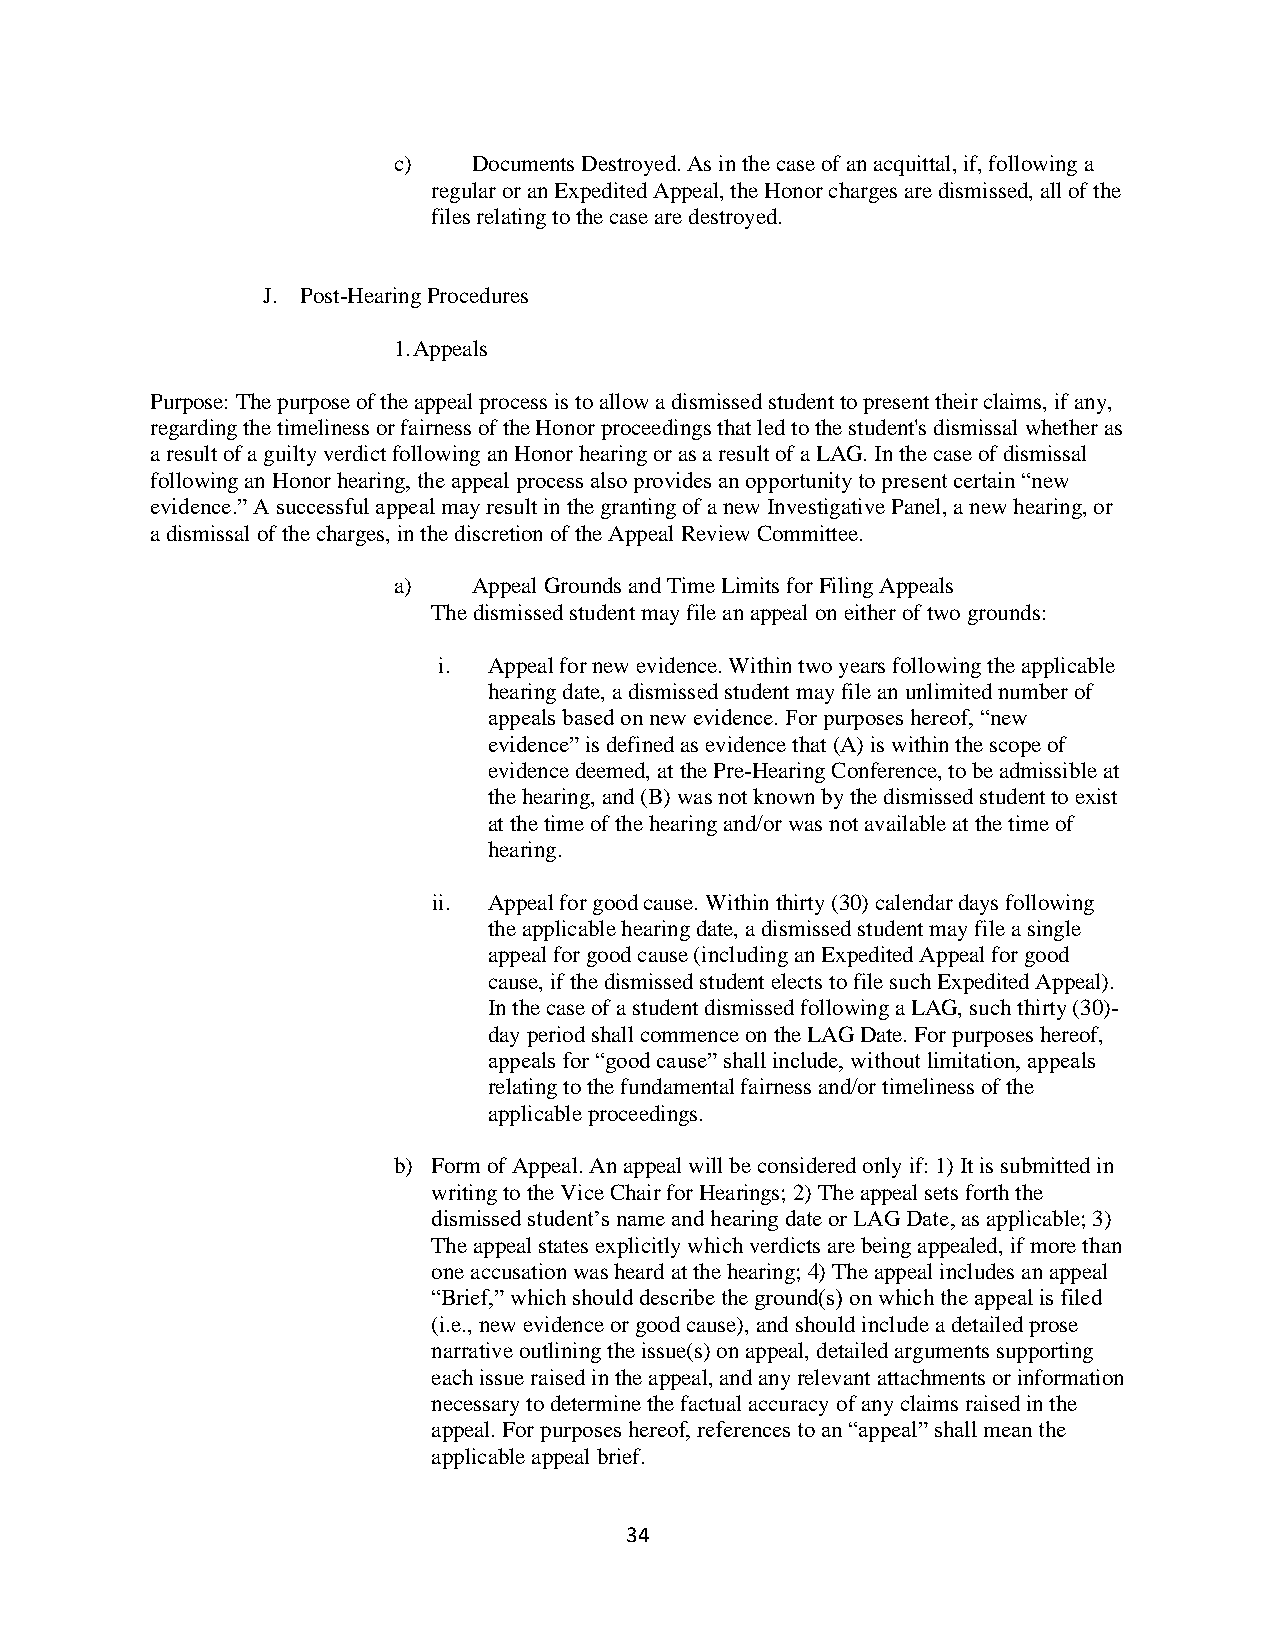
c)   Documents Destroyed. As in the case of an acquittal, if, following a
 regular or an Expedited Appeal, the Honor charges are dismissed, all of the
 files relating to the case are destroyed.
 J. Post-Hearing Procedures
 1. Appeals
 Purpose: The purpose of the appeal process is to allow a dismissed student to present their claims, if any,
 regarding the timeliness or fairness of the Honor proceedings that led to the student's dismissal whether as
 a result of a guilty verdict following an Honor hearing or as a result of a LAG. In the case of dismissal
 following an Honor hearing, the appeal process also provides an opportunity to present certain “new
 evidence.” A successful appeal may result in the granting of a new Investigative Panel, a new hearing, or
 a dismissal of the charges, in the discretion of the Appeal Review Committee.
 a)   Appeal Grounds and Time Limits for Filing Appeals
 The dismissed student may file an appeal on either of two grounds:
 i. Appeal for new evidence. Within two years following the applicable
 hearing date, a dismissed student may file an unlimited number of
 appeals based on new evidence. For purposes hereof, “new
 evidence” is defined as evidence that (A) is within the scope of
 evidence deemed, at the Pre-Hearing Conference, to be admissible at
 the hearing, and (B) was not known by the dismissed student to exist
 at the time of the hearing and/or was not available at the time of
 hearing.
 ii. Appeal for good cause. Within thirty (30) calendar days following
 the applicable hearing date, a dismissed student may file a single
 appeal for good cause (including an Expedited Appeal for good
 cause, if the dismissed student elects to file such Expedited Appeal).
 In the case of a student dismissed following a LAG, such thirty (30)-
 day period shall commence on the LAG Date. For purposes hereof,
 appeals for “good cause” shall include, without limitation, appeals
 relating to the fundamental fairness and/or timeliness of the
 applicable proceedings.
 b) Form of Appeal. An appeal will be considered only if: 1) It is submitted in
 writing to the Vice Chair for Hearings; 2) The appeal sets forth the
 dismissed student’s name and hearing date or LAG Date, as applicable; 3)
 The appeal states explicitly which verdicts are being appealed, if more than
 one accusation was heard at the hearing; 4) The appeal includes an appeal
 “Brief,” which should describe the ground(s) on which the appeal is filed
 (i.e., new evidence or good cause), and should include a detailed prose
 narrative outlining the issue(s) on appeal, detailed arguments supporting
 each issue raised in the appeal, and any relevant attachments or information
 necessary to determine the factual accuracy of any claims raised in the
 appeal. For purposes hereof, references to an “appeal” shall mean the
 applicable appeal brief.
 34